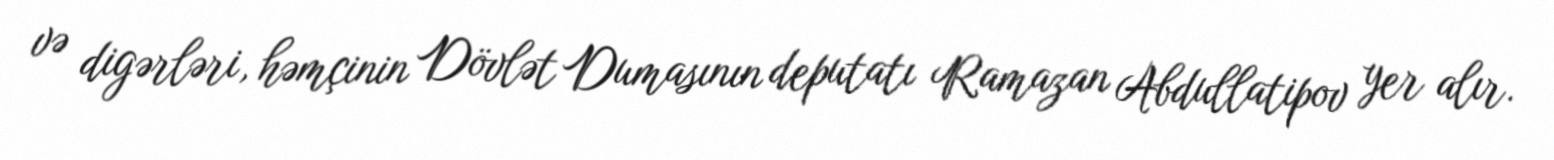
və digərləri, həmçinin Dövlət Dumasının deputatı Ramazan Abdullatipov yer alır.